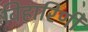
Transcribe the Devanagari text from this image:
विहारिणी